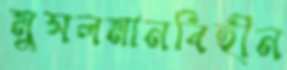
মুসলমানবিহীন